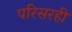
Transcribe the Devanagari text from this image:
परिसरही